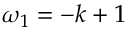
\omega _ { 1 } = - k + 1